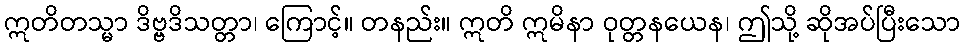
ဣတိတသ္မာ ဒိဗ္ဗဒိသတ္တာ၊ ကြောင့်။ တနည်း။ ဣတိ ဣမိနာ ဝုတ္တနယေန၊ ဤသို့ ဆိုအပ်ပြီးသော